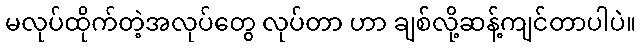
မလုပ်ထိုက်တဲ့အလုပ်တွေ လုပ်တာ ဟာ ချစ်လို့ဆန့်ကျင်တာပါပဲ။